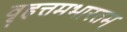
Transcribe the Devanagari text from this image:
वृहत्तमभारतम्